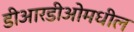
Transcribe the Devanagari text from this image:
डीआरडीओमधील